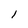
Character: l